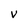
Character: V